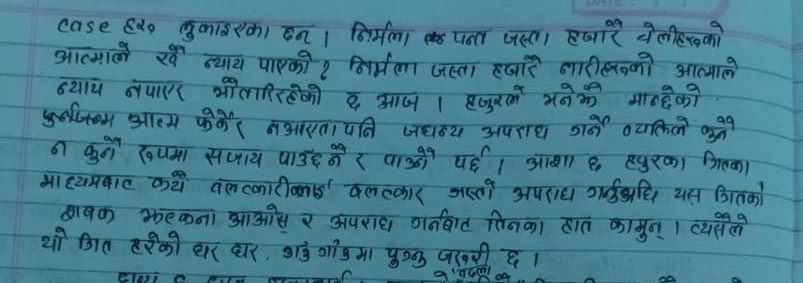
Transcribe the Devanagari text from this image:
Case हेर लुकाइरका छन। निर्मला
आत्मले के न्याय पाएको? निर्मला जस्ता हजारौं नारीहरुको आत्माले
न्याय नपाएर भोलाझिरहेको छ आज । हजुरले भनेको मान्छेको
पुनर्जन्म आत्म फेरेर नआएता पनि जघन्य अपराध गर्ने व्यक्तिले कुनै
न कुनै रूपमा सजाय पाउँदैने र पाउँछौ पर्छ । आशा छ हजुरका चिताका
माध्यमबाट कथ्य बलात्कारिकाई बलात्कार जस्तो अपराध गर्नुअघि यस किसिमको
शिक्षक भत्कना आओस् र अपराध गर्नबाट तिनका हात कामुन् । त्यसैले
यो चित्त हरेको घर घर, गाउँ गाउँमा पुग्नु जरुरी छ ।